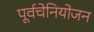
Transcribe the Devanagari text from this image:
पूर्वचेनियोजन